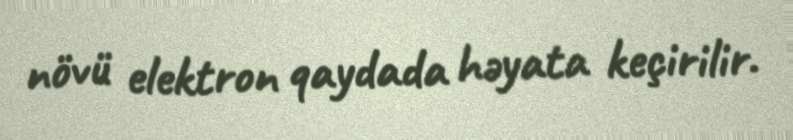
növü elektron qaydada həyata keçirilir.